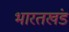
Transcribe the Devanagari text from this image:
भारतखंड